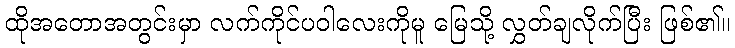
ထိုအတောအတွင်းမှာ လက်ကိုင်ပဝါလေးကိုမူ မြေသို့ လွှတ်ချလိုက်ပြီး ဖြစ်၏။